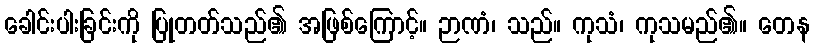
ခေါင်းပါးခြင်းကို ပြုတတ်သည်၏ အဖြစ်ကြောင့်။ ဉာဏံ၊ သည်။ ကုသံ၊ ကုသမည်၏။ တေန